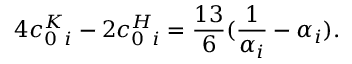
4 c _ { 0 \ i } ^ { K } - 2 c _ { 0 \ i } ^ { H } = { \frac { 1 3 } { 6 } } ( { \frac { 1 } { \alpha _ { i } } } - \alpha _ { i } ) .